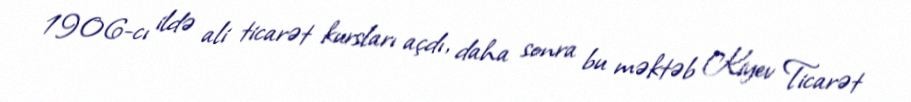
1906-cı ildə ali ticarət kursları açdı, daha sonra bu məktəb Kiyev Ticarət